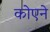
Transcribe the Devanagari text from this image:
कोएने